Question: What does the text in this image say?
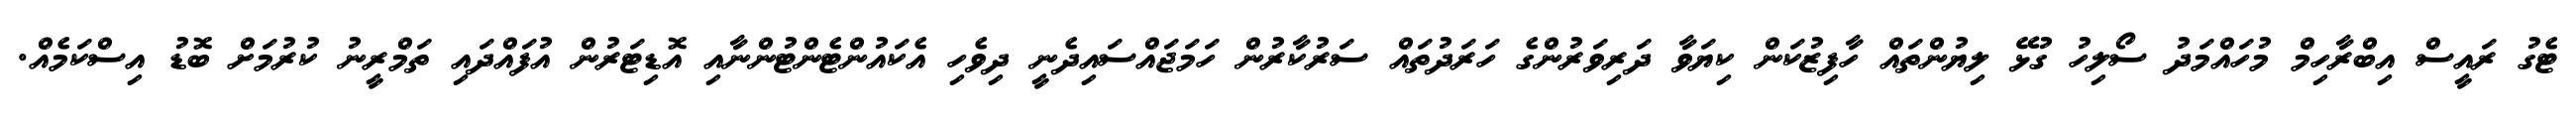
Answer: ޓެގު ރައީސް އިބްރާހިމް މުހައްމަދު ސޯލިހު ގުޅޭ ލިޔުންތައް ހާފިޒުކަން ކިޔަވާ ދަރިވަރުންގެ ހަރަދުތައް ސަރުކާރުން ހަމަޖައްސައިދެނީ ދިވެހި އެކައުންޓެންޓުންނާއި އޮޑިޓަރުން އުފައްދައި ތަމްރީނު ކުރުމަށް ބޮޑު އިސްކަމެއް.